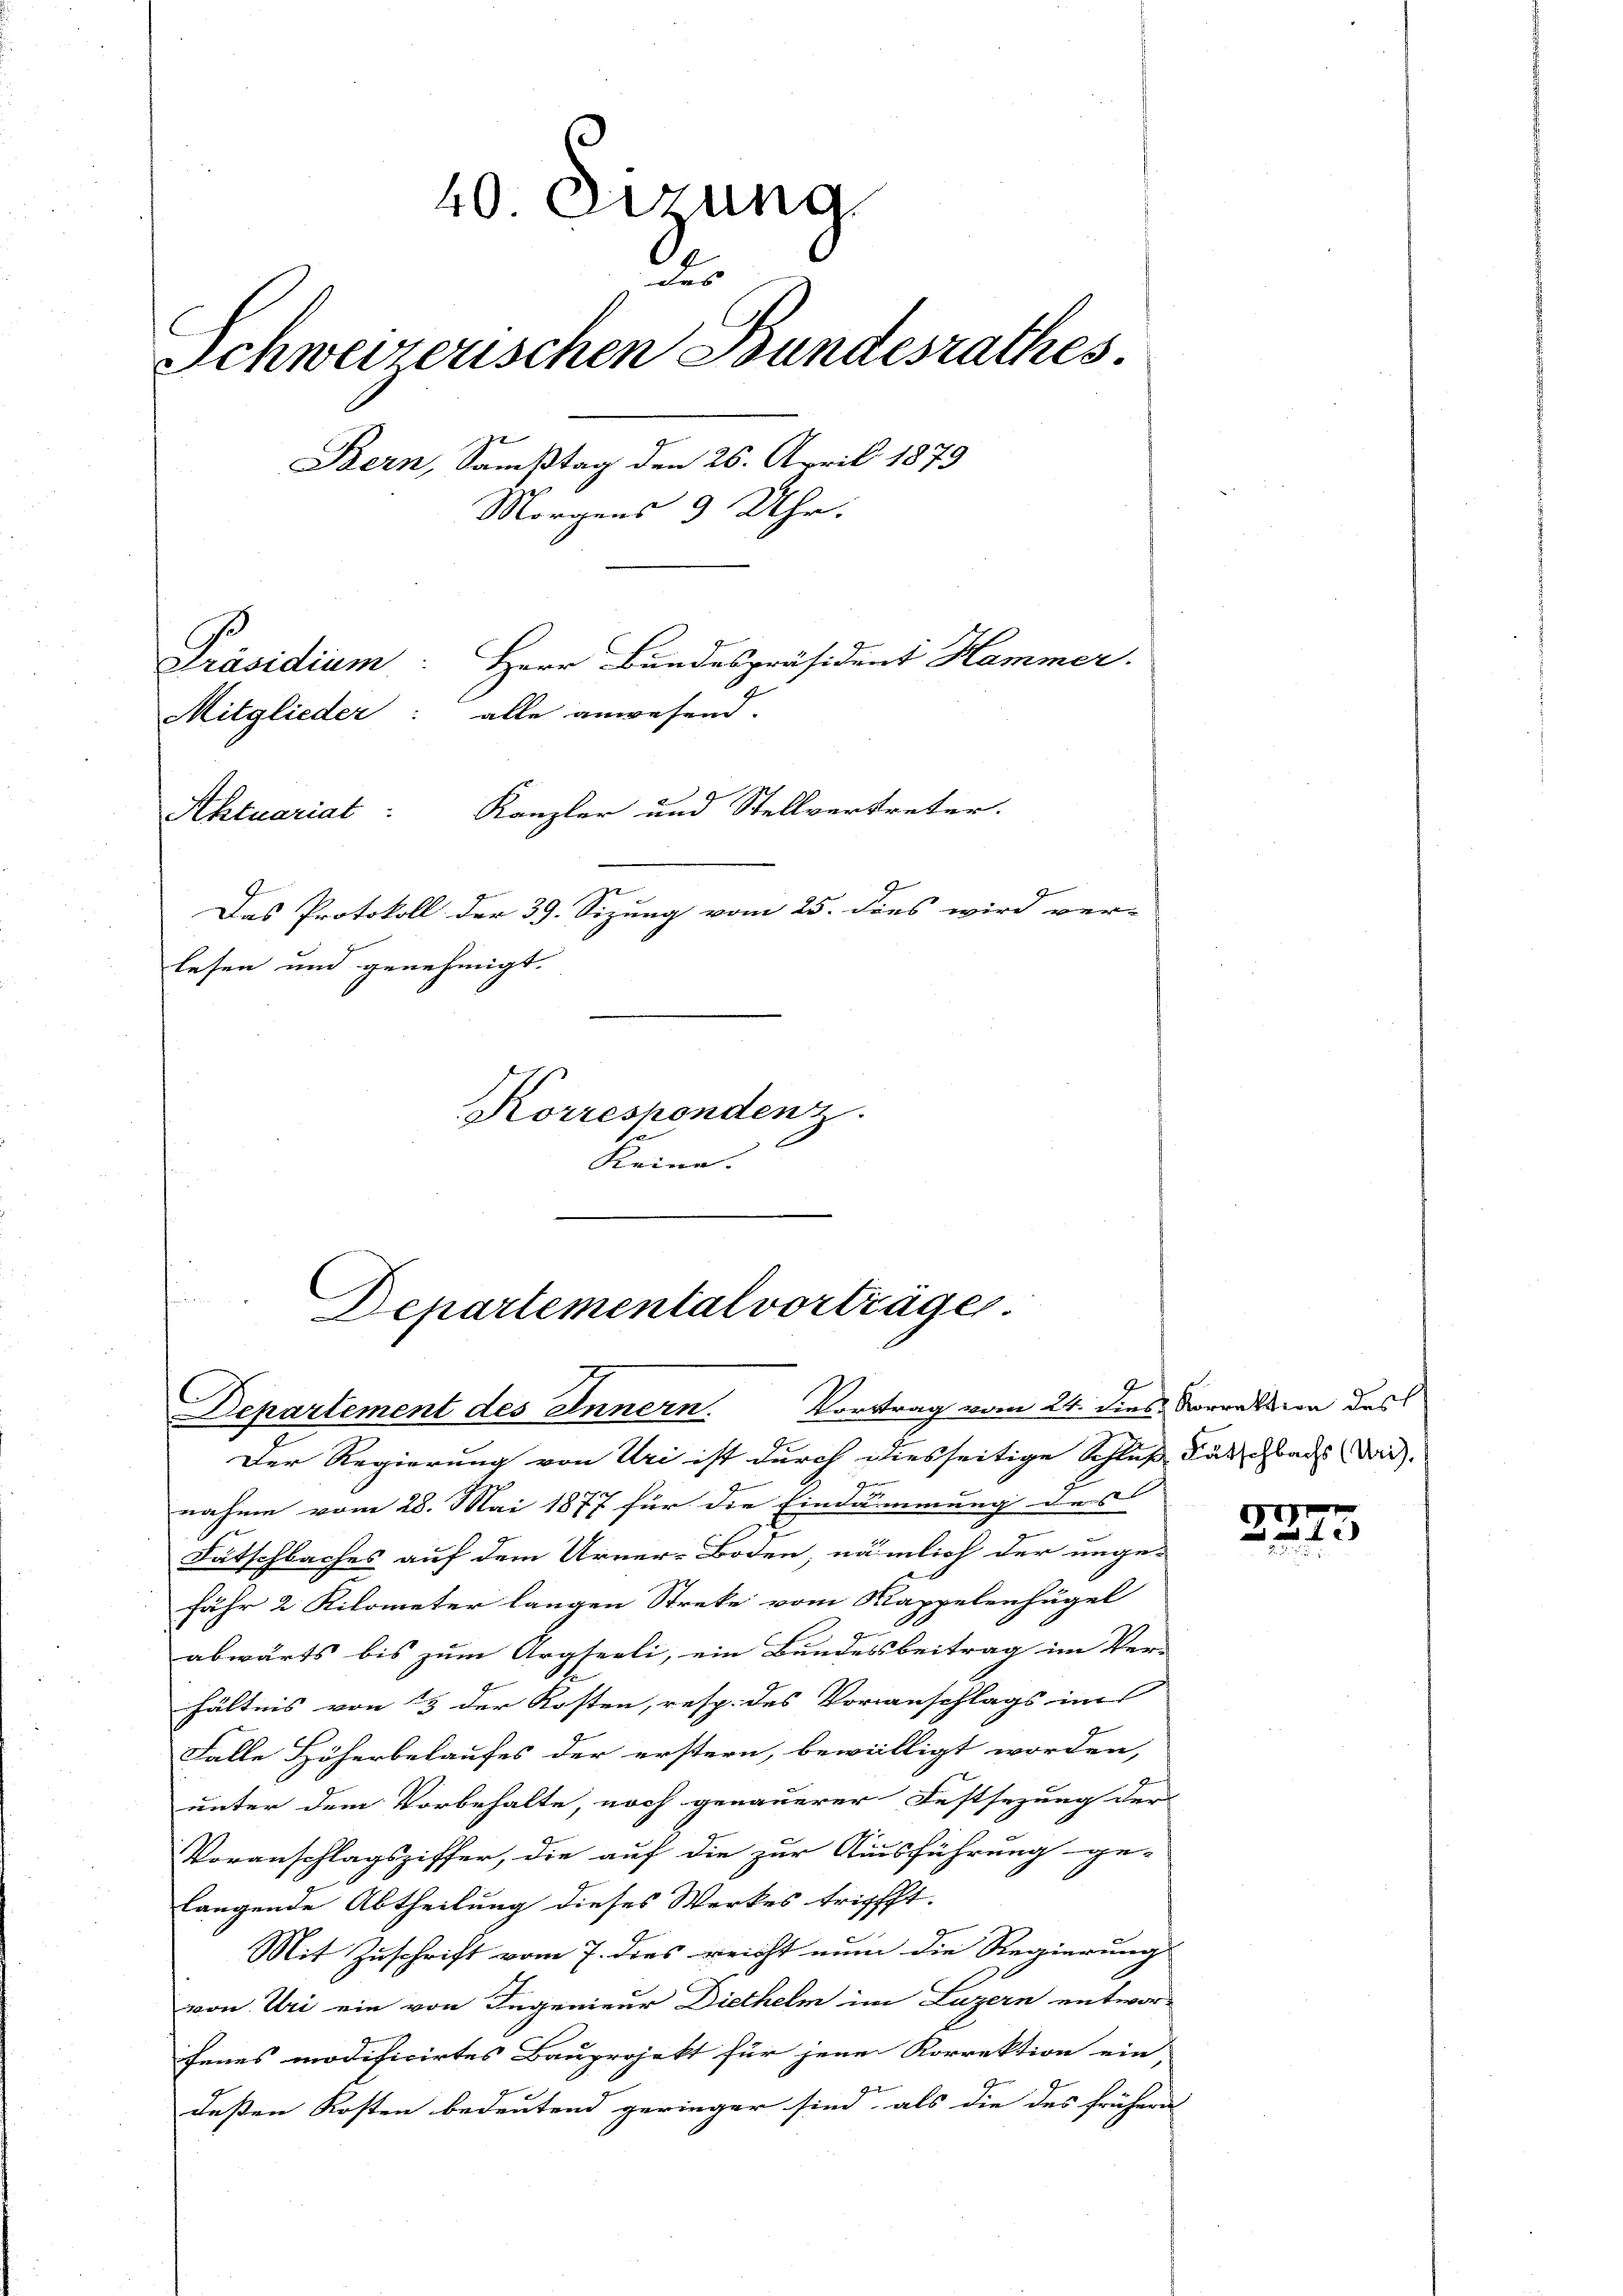
40. Dezung
des
Schweizerischen Bundesrathes.
Bern, Samstag den 26. April 1879
Morgens 3 Uhr.
Präsidium: Herr Bundespräsident Hammer.
Mitglieder: alle anwesend.
Kanzler und Stellvertreter.
Aktuariat
Das Protokoll der 39. Sizung vom 25. dies wird ver-
lesen und genehmigt.
Korrespondenz.

Keine.

n
Departemental vorträger
1
DDepartement des Innern. Vortrag vom 24. dies Vorrektion des
e

Der Regierung von Uri ist durch diesseitige Schluß durchbach dar. |
nahme vom 28. Mai 1877 für die Eindämmung des
Fätschbaches auf dem Urner-Boden, nämlich der unge-
fähr 2 Kilometer langen Streke vom Kappelenfügel
abwärts bis zum Argseeli, ein Bundesbeitrag im Ver-
hältnis von 15 der Kosten, resp. des Voranschlags im
Falle Höherbelaufes der erstern, bewilligt worden,
unter dem Vorbehalte, noch genauerer Festsezung der
Voranschlagsziffer, die auf die zur Ausführung ge-
langende Abtheilung dieses Werkes tripfft.
Mit Zuschrift vom 7. dies reicht nun die Regierung |
von Uri ein von Ingenieur Diethelm im Luzern entwor-
fenes modificirtes Bauprojekt für jene Korrektion ein-
e
deßen Kosten bedeutend geringer sind, als die des früheres

G
x